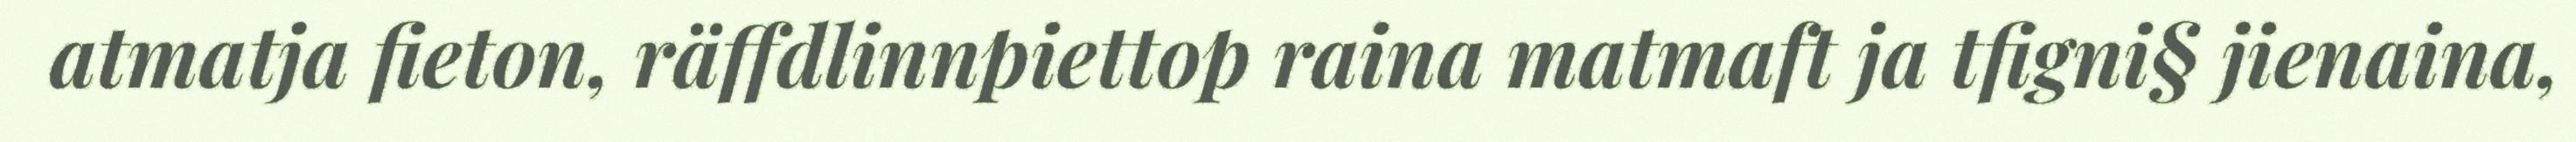
atmatja fieton, räffdlinnpiettop raina matmaft ja tfigni§ jienaina,